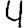
Digit: 4